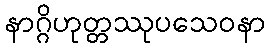
နာဂ္ဂိဟုတ္တဿုပသေဝနာ